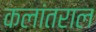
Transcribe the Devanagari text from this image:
कलांतराल